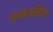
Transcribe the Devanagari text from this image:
कन्ससल्टिंग